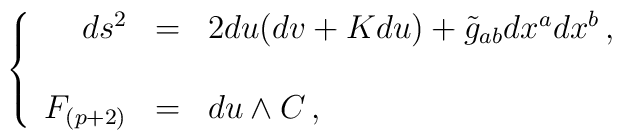
\left\{  \begin{array}{rcl}  ds^{2} & = & 2du(dv+Kdu)+\tilde{g}_{ab}dx^{a}dx^{b}\, , \\ \\   F_{(p+2)} & = &  du\land C\, ,  \\  \end{array}\right.